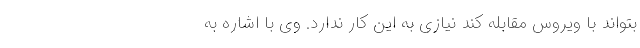
بتواند با ویروس مقابله کند نیازی به این کار ندارد. وی با اشاره به